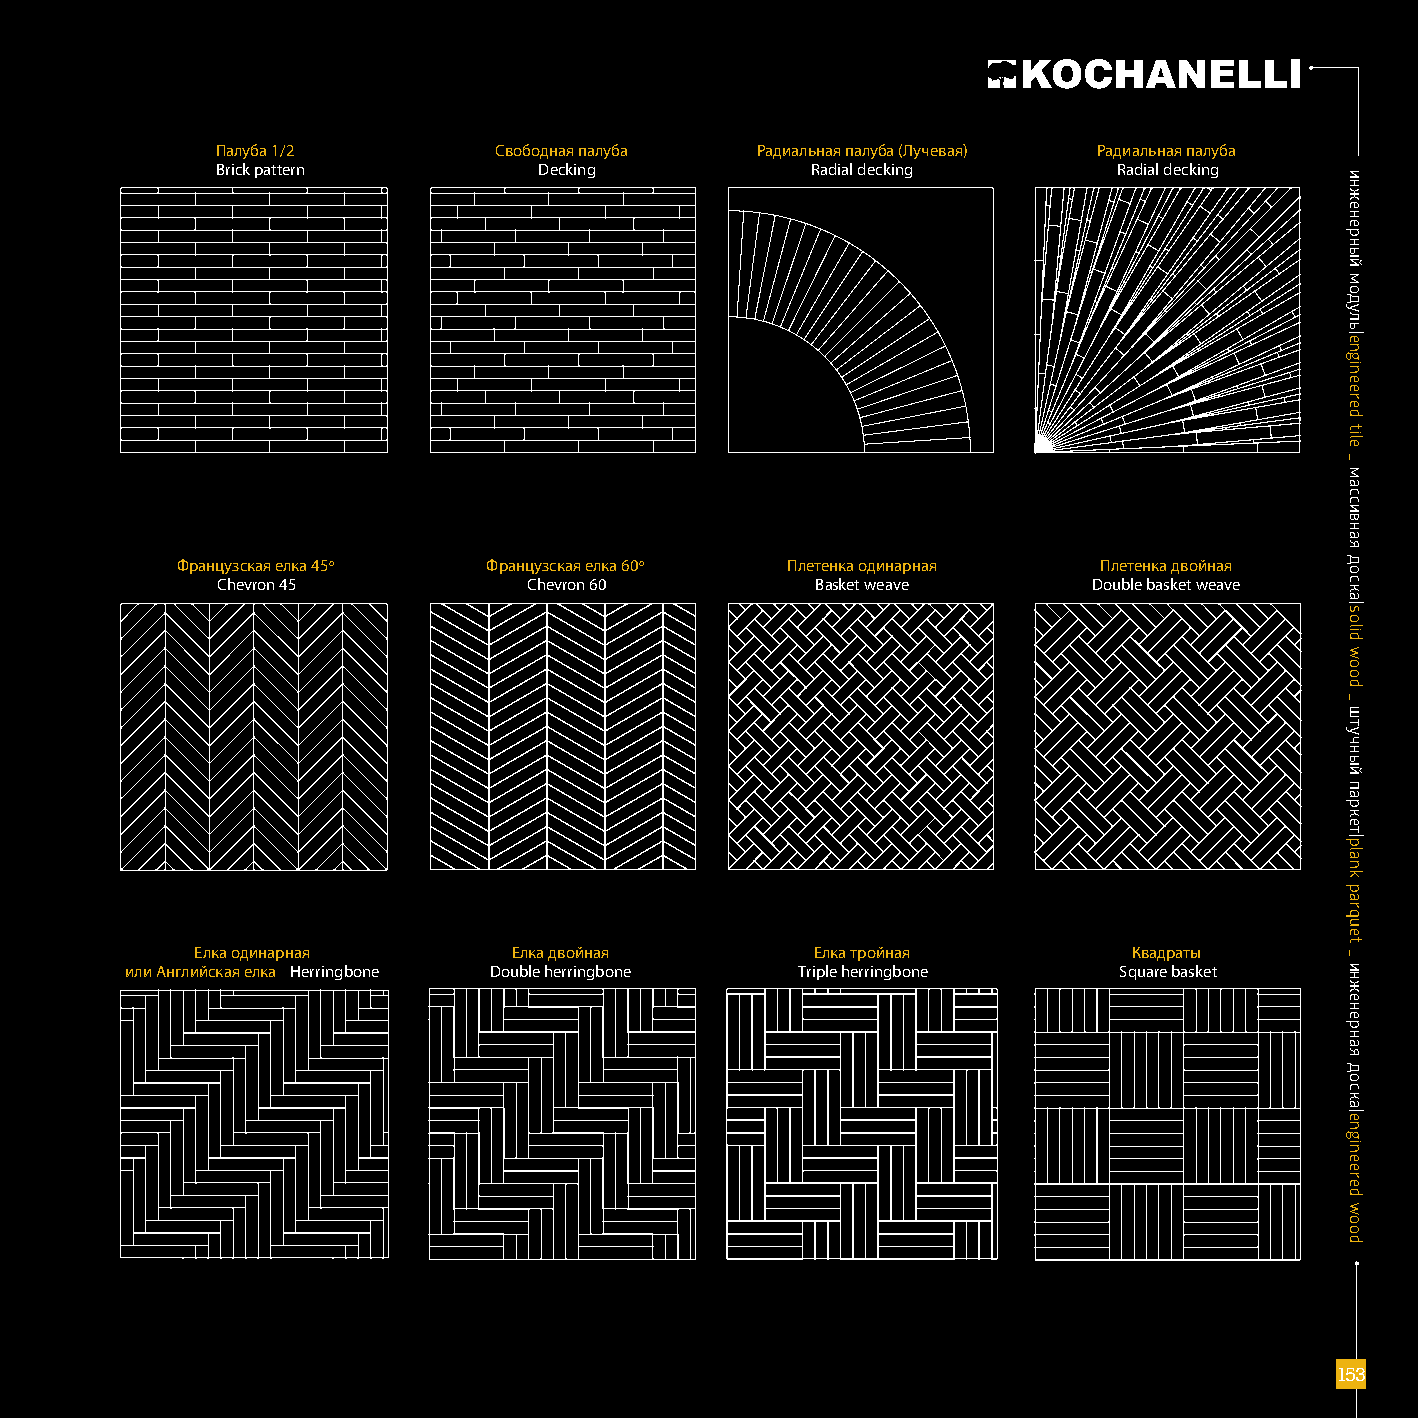
Палуба 1/2         Свободная палуба Радиальная палуба (Лучевая) Радиальная палуба
 brick pattern         Decking           Radial decking      Radial decking
 Французcкая елка 45о Французcкая елка 60о Плетенка одинарная Плетенка двойная
 Chevron 45           Chevron 60         basket weave      Double basket weave
 Елка одинарная       Елка двойная        Елка тройная         Квадраты
 или Английская елка Herringbone Double herringbone Triple herringbone Square basket
 111155553333
 ииннжжееннееррнныыйй
 ммооддуулльь||eennggiinneeeerreedd
 ttiillee
 __
 ммаассссииввннааяя
 ддооссккаа||ssoolliidd
 wwoooodd
 __
 шшттууччнныыйй
 ппааррккеетт||ppllaannkk
 ppaarrqquueett
 __
 ииннжжееннееррннааяя
 ддооссккаа||eennggiinneeeerreedd
 wwoooodd